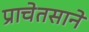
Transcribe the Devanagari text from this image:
प्राचेतसाने